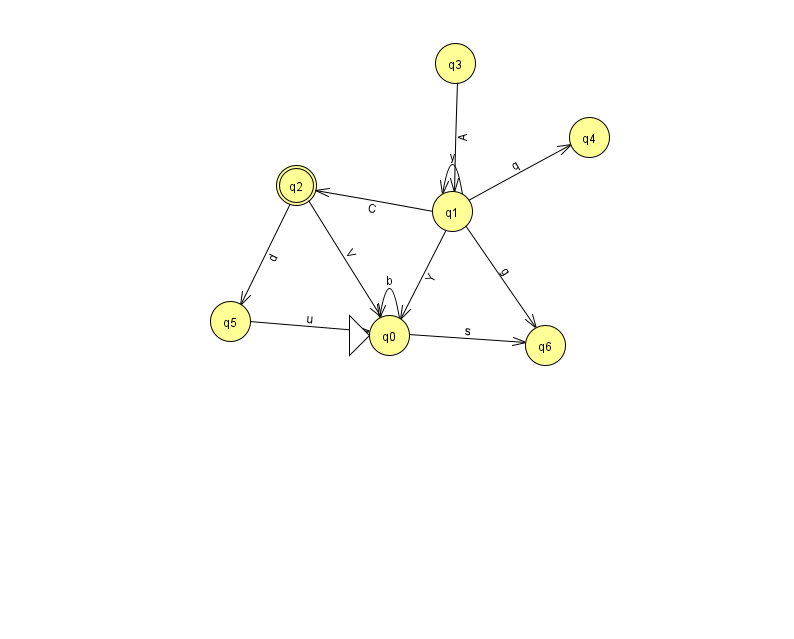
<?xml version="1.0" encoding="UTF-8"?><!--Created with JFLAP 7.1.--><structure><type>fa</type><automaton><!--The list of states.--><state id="0" name="q0"><x>389.0</x><y>322.0</y><initial/></state><state id="1" name="q1"><x>452.0</x><y>198.0</y></state><state id="2" name="q2"><x>296.0</x><y>172.0</y><final/></state><state id="3" name="q3"><x>455.0</x><y>50.0</y></state><state id="4" name="q4"><x>589.0</x><y>124.0</y></state><state id="5" name="q5"><x>230.0</x><y>308.0</y></state><state id="6" name="q6"><x>545.0</x><y>332.0</y></state><!--The list of transitions.--><transition><from>0</from><to>0</to><read>b</read></transition><transition><from>1</from><to>0</to><read>Y</read></transition><transition><from>1</from><to>4</to><read>q</read></transition><transition><from>2</from><to>5</to><read>d</read></transition><transition><from>0</from><to>6</to><read>s</read></transition><transition><from>1</from><to>2</to><read>C</read></transition><transition><from>1</from><to>1</to><read>y</read></transition><transition><from>3</from><to>1</to><read>A</read></transition><transition><from>5</from><to>0</to><read>u</read></transition><transition><from>2</from><to>0</to><read>V</read></transition><transition><from>1</from><to>6</to><read>g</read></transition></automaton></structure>